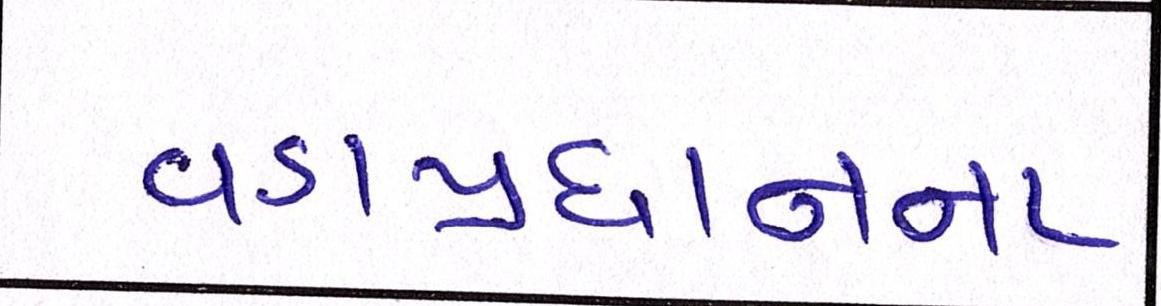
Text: વડાપ્રધાનના